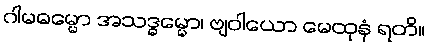
ဂါမဓမ္မော အသဒ္ဓမ္မော၊ ဗျဝါယော မေထုနံ ရတိ။